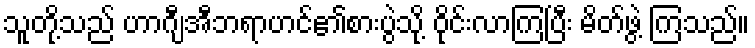
သူတို့သည် ဟာဂျီအီဘရာဟင်၏စားပွဲသို့ ဝိုင်းလာကြပြီး မိတ်ဖွဲ့ ကြသည်။